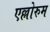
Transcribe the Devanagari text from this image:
एल्लोरुम